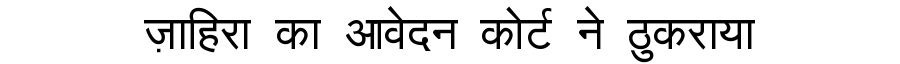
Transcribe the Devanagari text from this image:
ज़ाहिरा का आवेदन कोर्ट ने ठुकराया